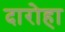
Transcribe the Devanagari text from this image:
दारोहा